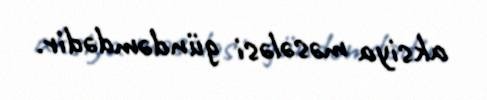
aksiya məsələsi gündəmdədir.